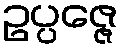
ဥပ္ပဇ္ဇေ